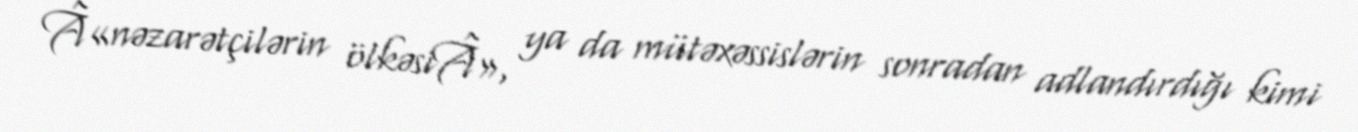
Â«nəzarətçilərin ölkəsiÂ», ya da mütəxəssislərin sonradan adlandırdığı kimi